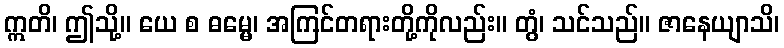
ဣတိ၊ ဤသို့။ ယေ စ ဓမ္မေ၊ အကြင်တရားတို့ကိုလည်း။ တွံ၊ သင်သည်။ ဇာနေယျာသိ၊